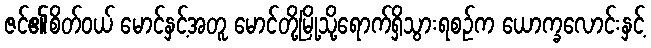
ဇင်၏စိတ်ဝယ် မောင်နှင့်အတူ မောင်တို့မြို့သို့ရောက်ရှိသွားရစဉ်က ယောက္ခလောင်းနှင့်